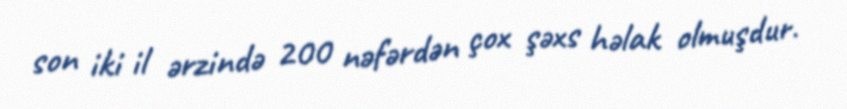
son iki il ərzində 200 nəfərdən çox şəxs həlak olmuşdur.